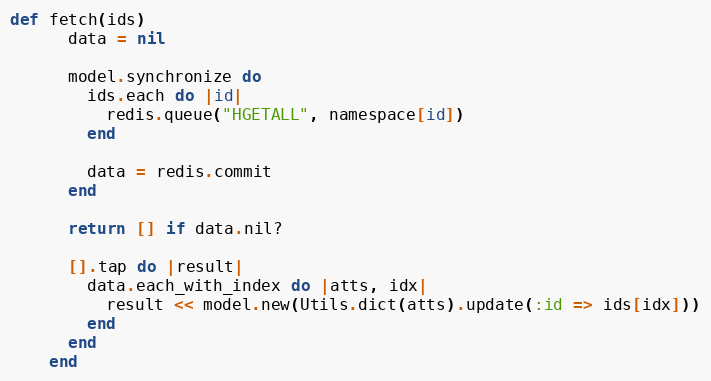
Language: Ruby
def fetch(ids)
      data = nil

      model.synchronize do
        ids.each do |id|
          redis.queue("HGETALL", namespace[id])
        end

        data = redis.commit
      end

      return [] if data.nil?

      [].tap do |result|
        data.each_with_index do |atts, idx|
          result << model.new(Utils.dict(atts).update(:id => ids[idx]))
        end
      end
    end